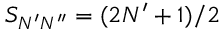
S _ { N ^ { \prime } N ^ { \prime \prime } } = ( 2 N ^ { \prime } + 1 ) / 2